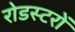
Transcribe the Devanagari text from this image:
रोडस्टरों